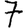
Digit: 7